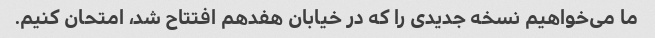
ما می‌خواهیم نسخه جدیدی را که در خیابان هفدهم افتتاح شد، امتحان کنیم.